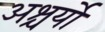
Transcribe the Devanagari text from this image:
अश्चर्यों